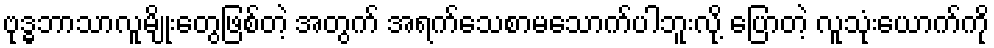
ဗုဒ္ဓဘာသာလူမျိုးတွေဖြစ်တဲ့ အတွက် အရက်သေစာမသောက်ပါဘူးလို့ ပြောတဲ့ လူသုံးယောက်ကို